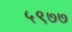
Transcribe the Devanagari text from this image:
५९७७